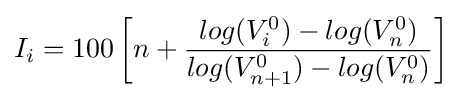
I_{i}=100\left[n+{\frac {log(V_{i}^{0})-log(V_{n}^{0})}{log(V_{n+1}^{0})-log(V_{n}^{0})}}\right]